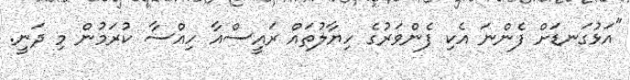
"އަޅުގަނޑަށް ފެންނަ އެކި ފެންވަރުގެ ހިޔާލުތައް ރައީސްއާ ހިއްސާ ކުރަމުން މި ދަނީ.